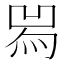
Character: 𤉡